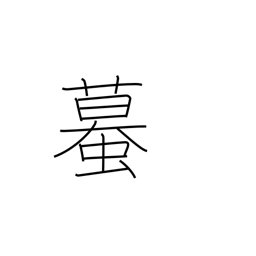
Meaning: toad